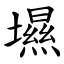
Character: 㙷